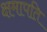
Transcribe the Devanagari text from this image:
क्षमापति